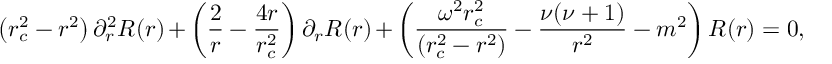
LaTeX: \left( r _ { c } ^ { 2 } - r ^ { 2 } \right) \partial _ { r } ^ { 2 } R ( r ) + \left( \frac { 2 } { r } - \frac { 4 r } { r _ { c } ^ { 2 } } \right) \partial _ { r } R ( r ) + \left( \frac { \omega ^ { 2 } r _ { c } ^ { 2 } } { ( r _ { c } ^ { 2 } - r ^ { 2 } ) } - \frac { \nu ( \nu + 1 ) } { r ^ { 2 } } - m ^ { 2 } \right) R ( r ) = 0 ,